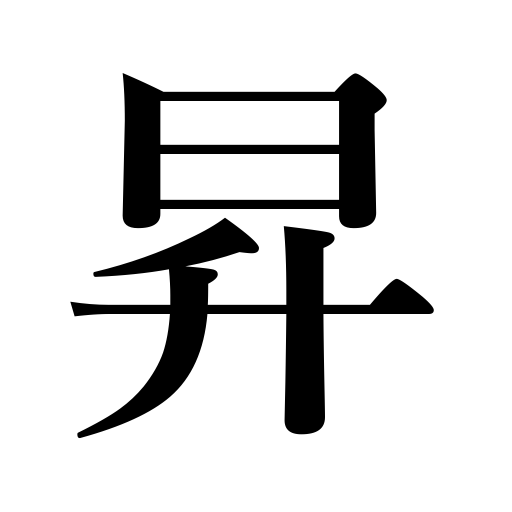
Meanings: go up,sail up,come up on the agenda,climb,go to the capital,add up to,advance in price,ascend,rise,be promoted